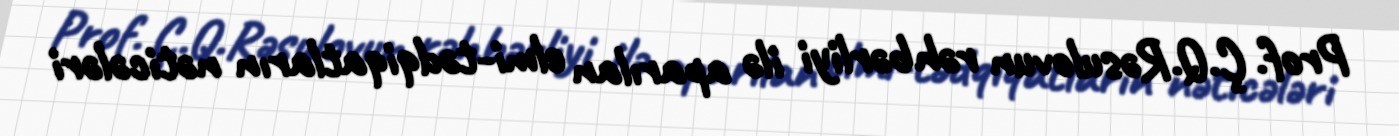
Prof. Ç.Q.Rəsulovun rəhbərliyi ilə aparılan elmi-tədqiqatların nəticələri